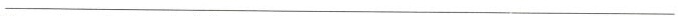
___